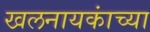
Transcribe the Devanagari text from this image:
खलनायकांच्या